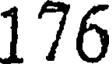
176